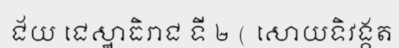
ជ័យ ជេស្ឋាធិរាជ ទី ២ ( សោយទិវង្គត